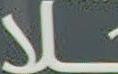
ـــلا